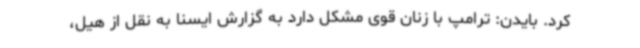
کرد. بایدن: ترامپ با زنان قوی مشکل دارد به گزارش ایسنا به نقل از هیل،